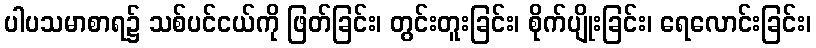
ပါပသမာစာရ၌ သစ်ပင်ငယ်ကို ဖြတ်ခြင်း၊ တွင်းတူးခြင်း၊ စိုက်ပျိုးခြင်း၊ ရေလောင်းခြင်း၊